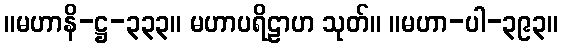
။မဟာနိ-ဋ္ဌ-၃၃၃။ မဟာပရိဠာဟ သုတ်။ ။မဟာ-ပါ-၃၉၃။